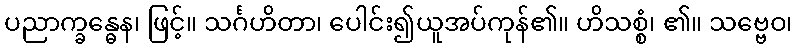
ပညာက္ခန္ဓေန၊ ဖြင့်။ သင်္ဂဟိတာ၊ ပေါင်း၍ယူအပ်ကုန်၏။ ဟိသစ္စံ၊ ၏။ သဗ္ဗေဝ၊